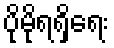
ပိုမိုရရှိရေး